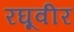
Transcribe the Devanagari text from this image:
रघूवीर